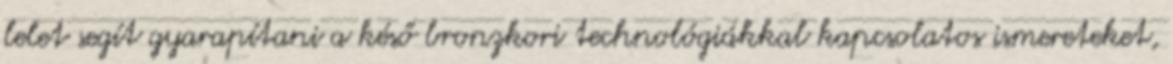
lelet segít gyarapítani a késő bronzkori technológiákkal kapcsolatos ismereteket,